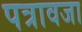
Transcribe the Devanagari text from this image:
पत्रावजा